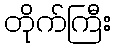
တိုက်ကြီး